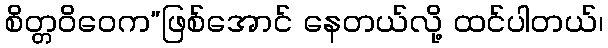
စိတ္တဝိဝေက”ဖြစ်အောင် နေတယ်လို့ ထင်ပါတယ်၊